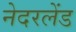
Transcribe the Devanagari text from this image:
नेदरलेंड